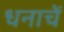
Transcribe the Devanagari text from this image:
धनाचें